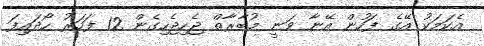
އެކަމަކު އޭގެ ފަހުން އޭނާ ވަނީ މުބާރާތް ޖެހިޖެހިގެން 12 ފަހަރު ހޯދައިފަ